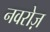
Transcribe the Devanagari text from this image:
नवरोज़